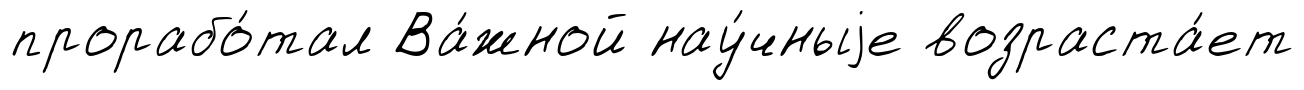
прорабо́тал Ва́жной нау́чныjе возраста́ет